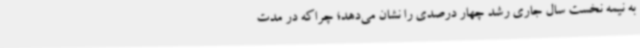
به نیمه نخست سال جاری رشد چهار درصدی را نشان می‌دهد؛ چراکه در مدت